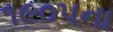
૧૯૦૫ના